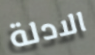
الادلة